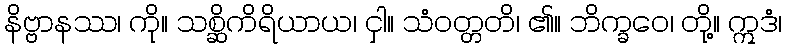
နိဗ္ဗာနဿ၊ ကို။ သစ္ဆိကိရိယာယ၊ ငှါ။ သံဝတ္တတိ၊ ၏။ ဘိက္ခဝေ၊ တို့။ ဣဒံ၊